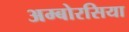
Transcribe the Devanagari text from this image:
अम्बोरसिया